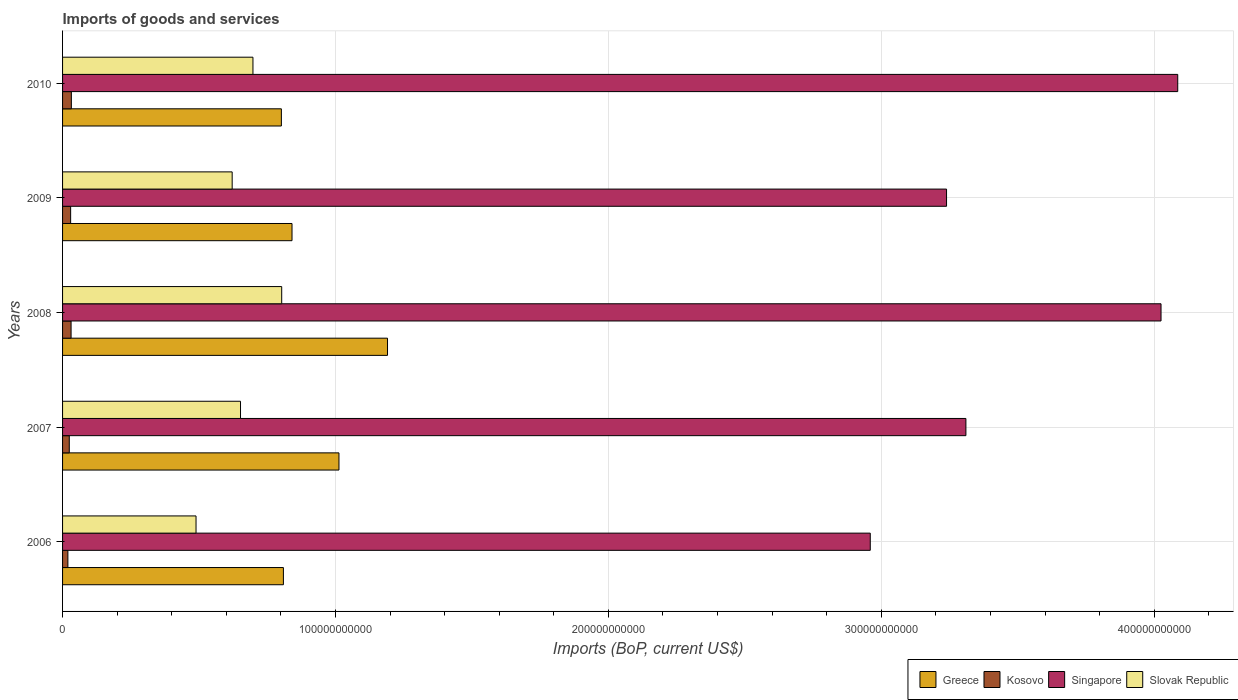
| Years | Greece | Kosovo | Singapore | Slovak Republic |
 | --- | --- | --- | --- | --- |
 | 2006 | 8.09e+10 | 1.95e+09 | 2.96e+11 | 4.89e+10 |
 | 2007 | 1.01e+11 | 2.46e+09 | 3.31e+11 | 6.52e+10 |
 | 2008 | 1.19e+11 | 3.12e+09 | 4.03e+11 | 8.03e+10 |
 | 2009 | 8.41e+10 | 2.96e+09 | 3.24e+11 | 6.21e+10 |
 | 2010 | 8.02e+10 | 3.22e+09 | 4.09e+11 | 6.98e+10 |